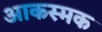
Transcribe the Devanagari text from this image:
आकस्मक